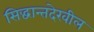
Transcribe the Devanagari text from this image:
सिद्धान्तदेखील